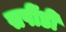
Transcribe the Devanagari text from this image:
सपींडी